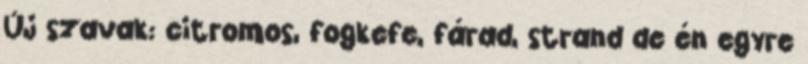
Új szavak: citromos, fogkefe, fárad, strand de én egyre